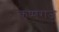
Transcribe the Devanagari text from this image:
कृष्‍णराज